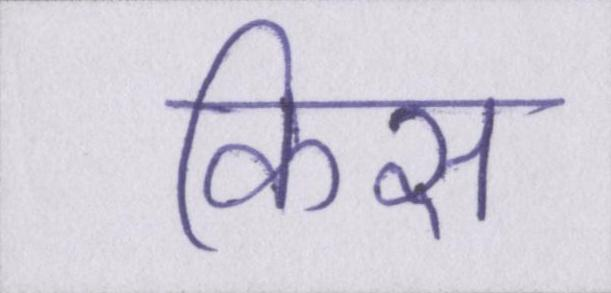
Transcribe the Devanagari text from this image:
किस